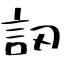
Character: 訒